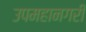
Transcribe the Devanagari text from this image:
उपमहानगरी